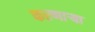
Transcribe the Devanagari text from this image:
करणार्‍या